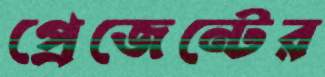
প্রেজেন্টের